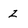
Character: z